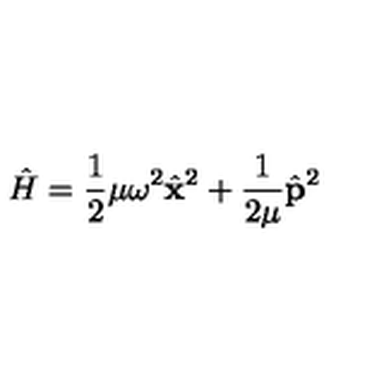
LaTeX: \hat { H } = \frac { 1 } { 2 } \mu \omega ^ { 2 } \hat { \mathbf x } ^ { 2 } + \frac { 1 } { 2 \mu } \hat { \mathbf p } ^ { 2 }